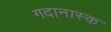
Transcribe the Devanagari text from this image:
गदानास्क